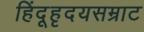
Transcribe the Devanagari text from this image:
हिंदूहृदयसम्राट